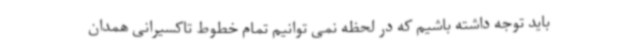
باید توجه داشته باشیم که در لحظه نمی توانیم تمام خطوط تاکسیرانی همدان